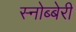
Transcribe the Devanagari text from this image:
स्नोब्बेरी